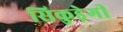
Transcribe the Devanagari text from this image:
सिकुड़ेगी